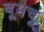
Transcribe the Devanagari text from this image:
बूमचू